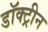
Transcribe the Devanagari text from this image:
डॉक्ट्रीन